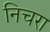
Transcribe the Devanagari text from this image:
निचरा